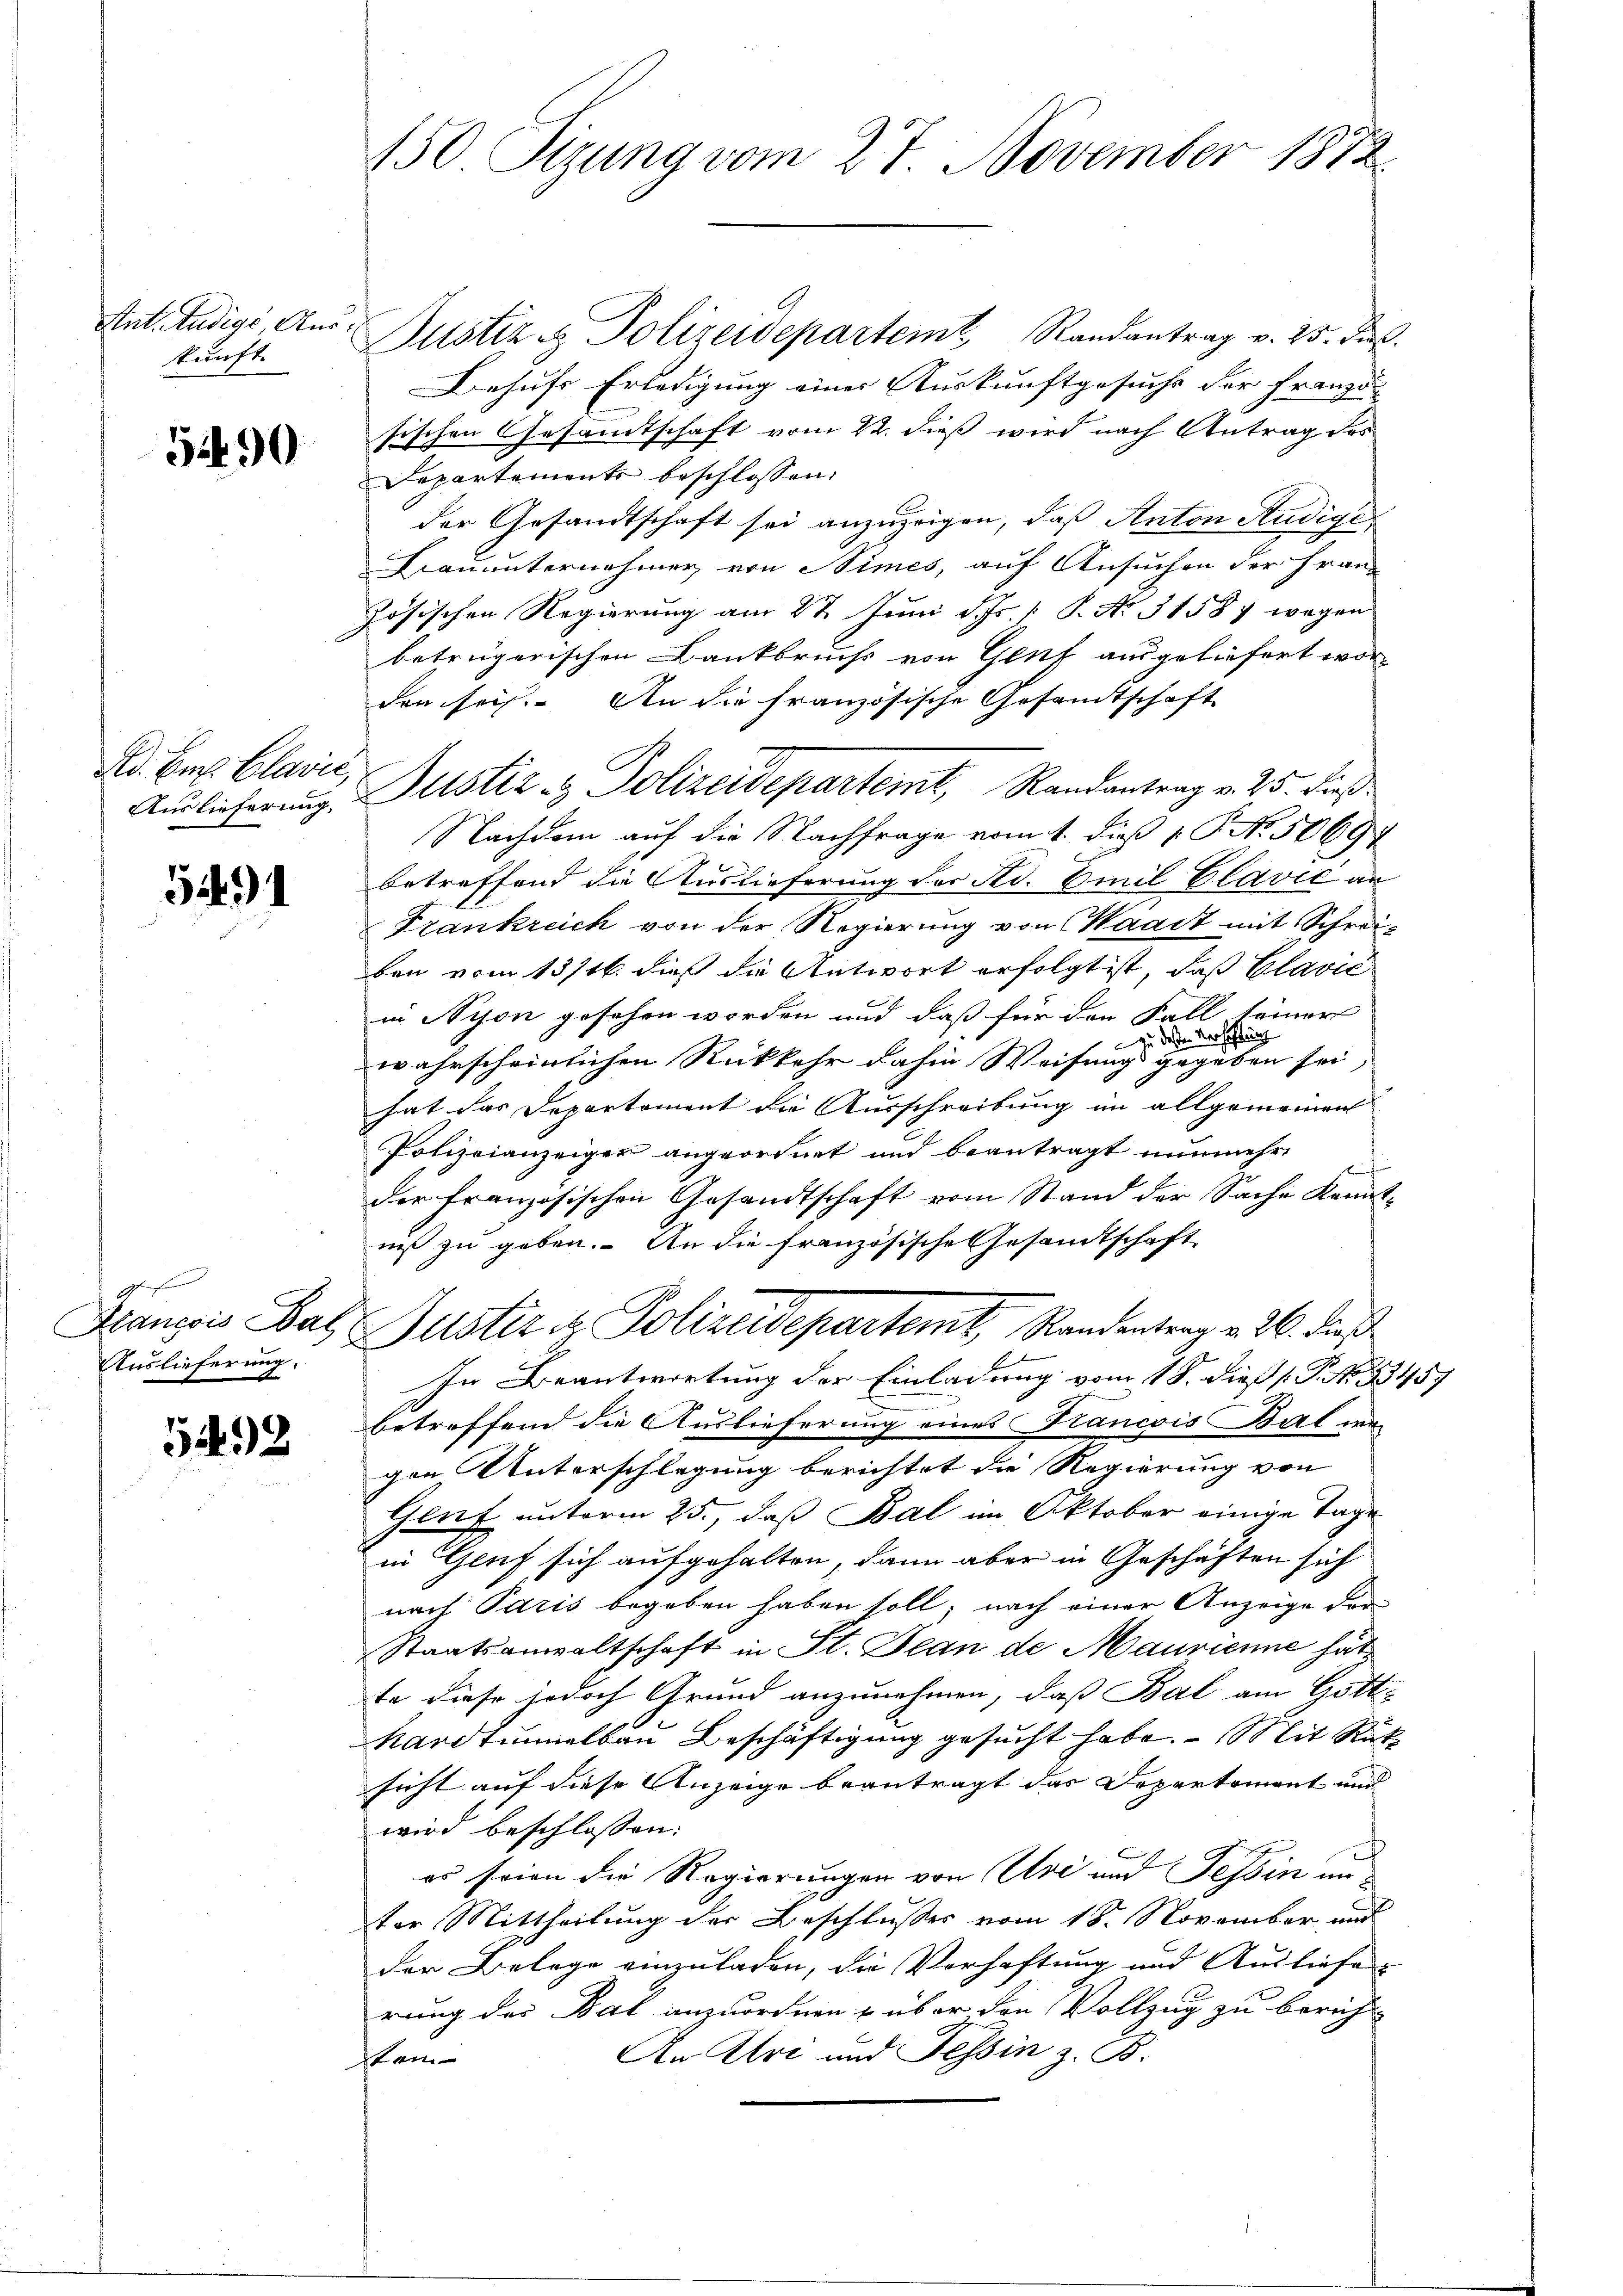
Ant. Ludige Auskunft.

5490

Ad. Er. Clavić,
Auslieferung,

5491

gesan
Auslieferung.

5492

150 Sizung vom 27. November 1872

Dustiz & Polizeidepartemt Randantrag v. 25. ds.
Behufs Erledigung eines Auskunftgesuche der Franzö
sischen Gesandtschaft vom 22. dieß wird nach Antrag des
Departements beschlossen:
der Gesandtschaft sei anzuzeigen, daß Anton Studige
Fauunternehmer von Stimes, auf Ansuchen der Franz
zösischen Regierung am 27. Juni d. Js. [ P. Nr. 31587 wegen
betrügerischen Dankbruchs von Genf ausgeliefert worden sei. An die französische Gesandtschaft
Nachdem auf die Nachfrage vom 1. dieß P. No. 50697
betreffend die Auslieferung der Ad. Emil Elavić an
Frankreich von der Regierung von Waadt mit Schreiben vom 13/16. dieß die Antwort erfolgt ist, daß Clavić
in Nyon gesehen worden und daß für den Fall seiner
n dessen Verhaftung
wahrscheinlichen Rückkehr dahin Weisung gegeben sei,
hat das Departement die Ausschreibung im allgemeinen
Polizeianzeiger angeordnet und beantragt nunmehr
Brennun
der Französischen Gesandtschaft vom Stand der Sache Kennt-
niß zu geben. An die französische Gesandtschaft
François Bad Justiz & Polizeidepartemt, Randentrag v. 26. dieß
In Beantwortung der Einladung vom 18. dieß P. P. No 13457
betreffend die Auslieferung eines Francois Bal der
gen, Unterschlagung berichtet die Regierung von
Genf unterm 25., das Bal im Oktober einige Tage
in Gluf sich aufgehalten, dann aber in Geschäften sich
nach Paris begeben haben soll, nach einer Anzeige der
Staatsanwaltschaft in St. Jean de Maurienne hät
te diese jedoch Grund anzunehmen, daß Bal am Gott-
Hardtunnelbau Beschäftigung gesucht habe. Mit Rücksicht auf diese Anzeige beantragt das Departement und
wird beschlossen:
es seien die Regierungen von Uri und Tessin un
ter Mittheilung der Beschlusses vom 18. November und
der Belage einzuladen, die Verhaftung und Ausliefe
rung der Bat anzuordnen u über den Vollzug zu berich-
An Uri und Tessin z. B.
stem

Justiz- & Polizeidepartemt, Randantrag v. 25. dieß